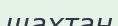
шахтан